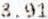
8.91